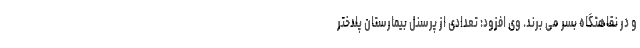
و در نقاهتگاه بسر می برند. وی افزود: تعدادی از پرسنل بیمارستان پلدختر